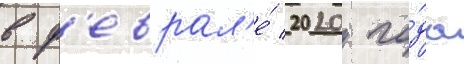
в ф'еврал'е́ 2020 го́да